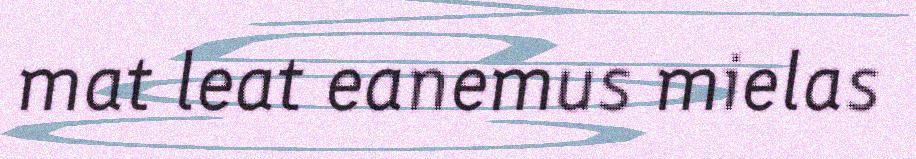
mat leat eanemus mielas